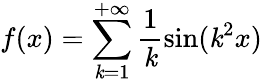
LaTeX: f(x)=\sum\limits_{\mathit{k}=1}^{+\infty}\frac{{1}}{{\mathit{k}}}\sin(\mathit{k}^{2}x)